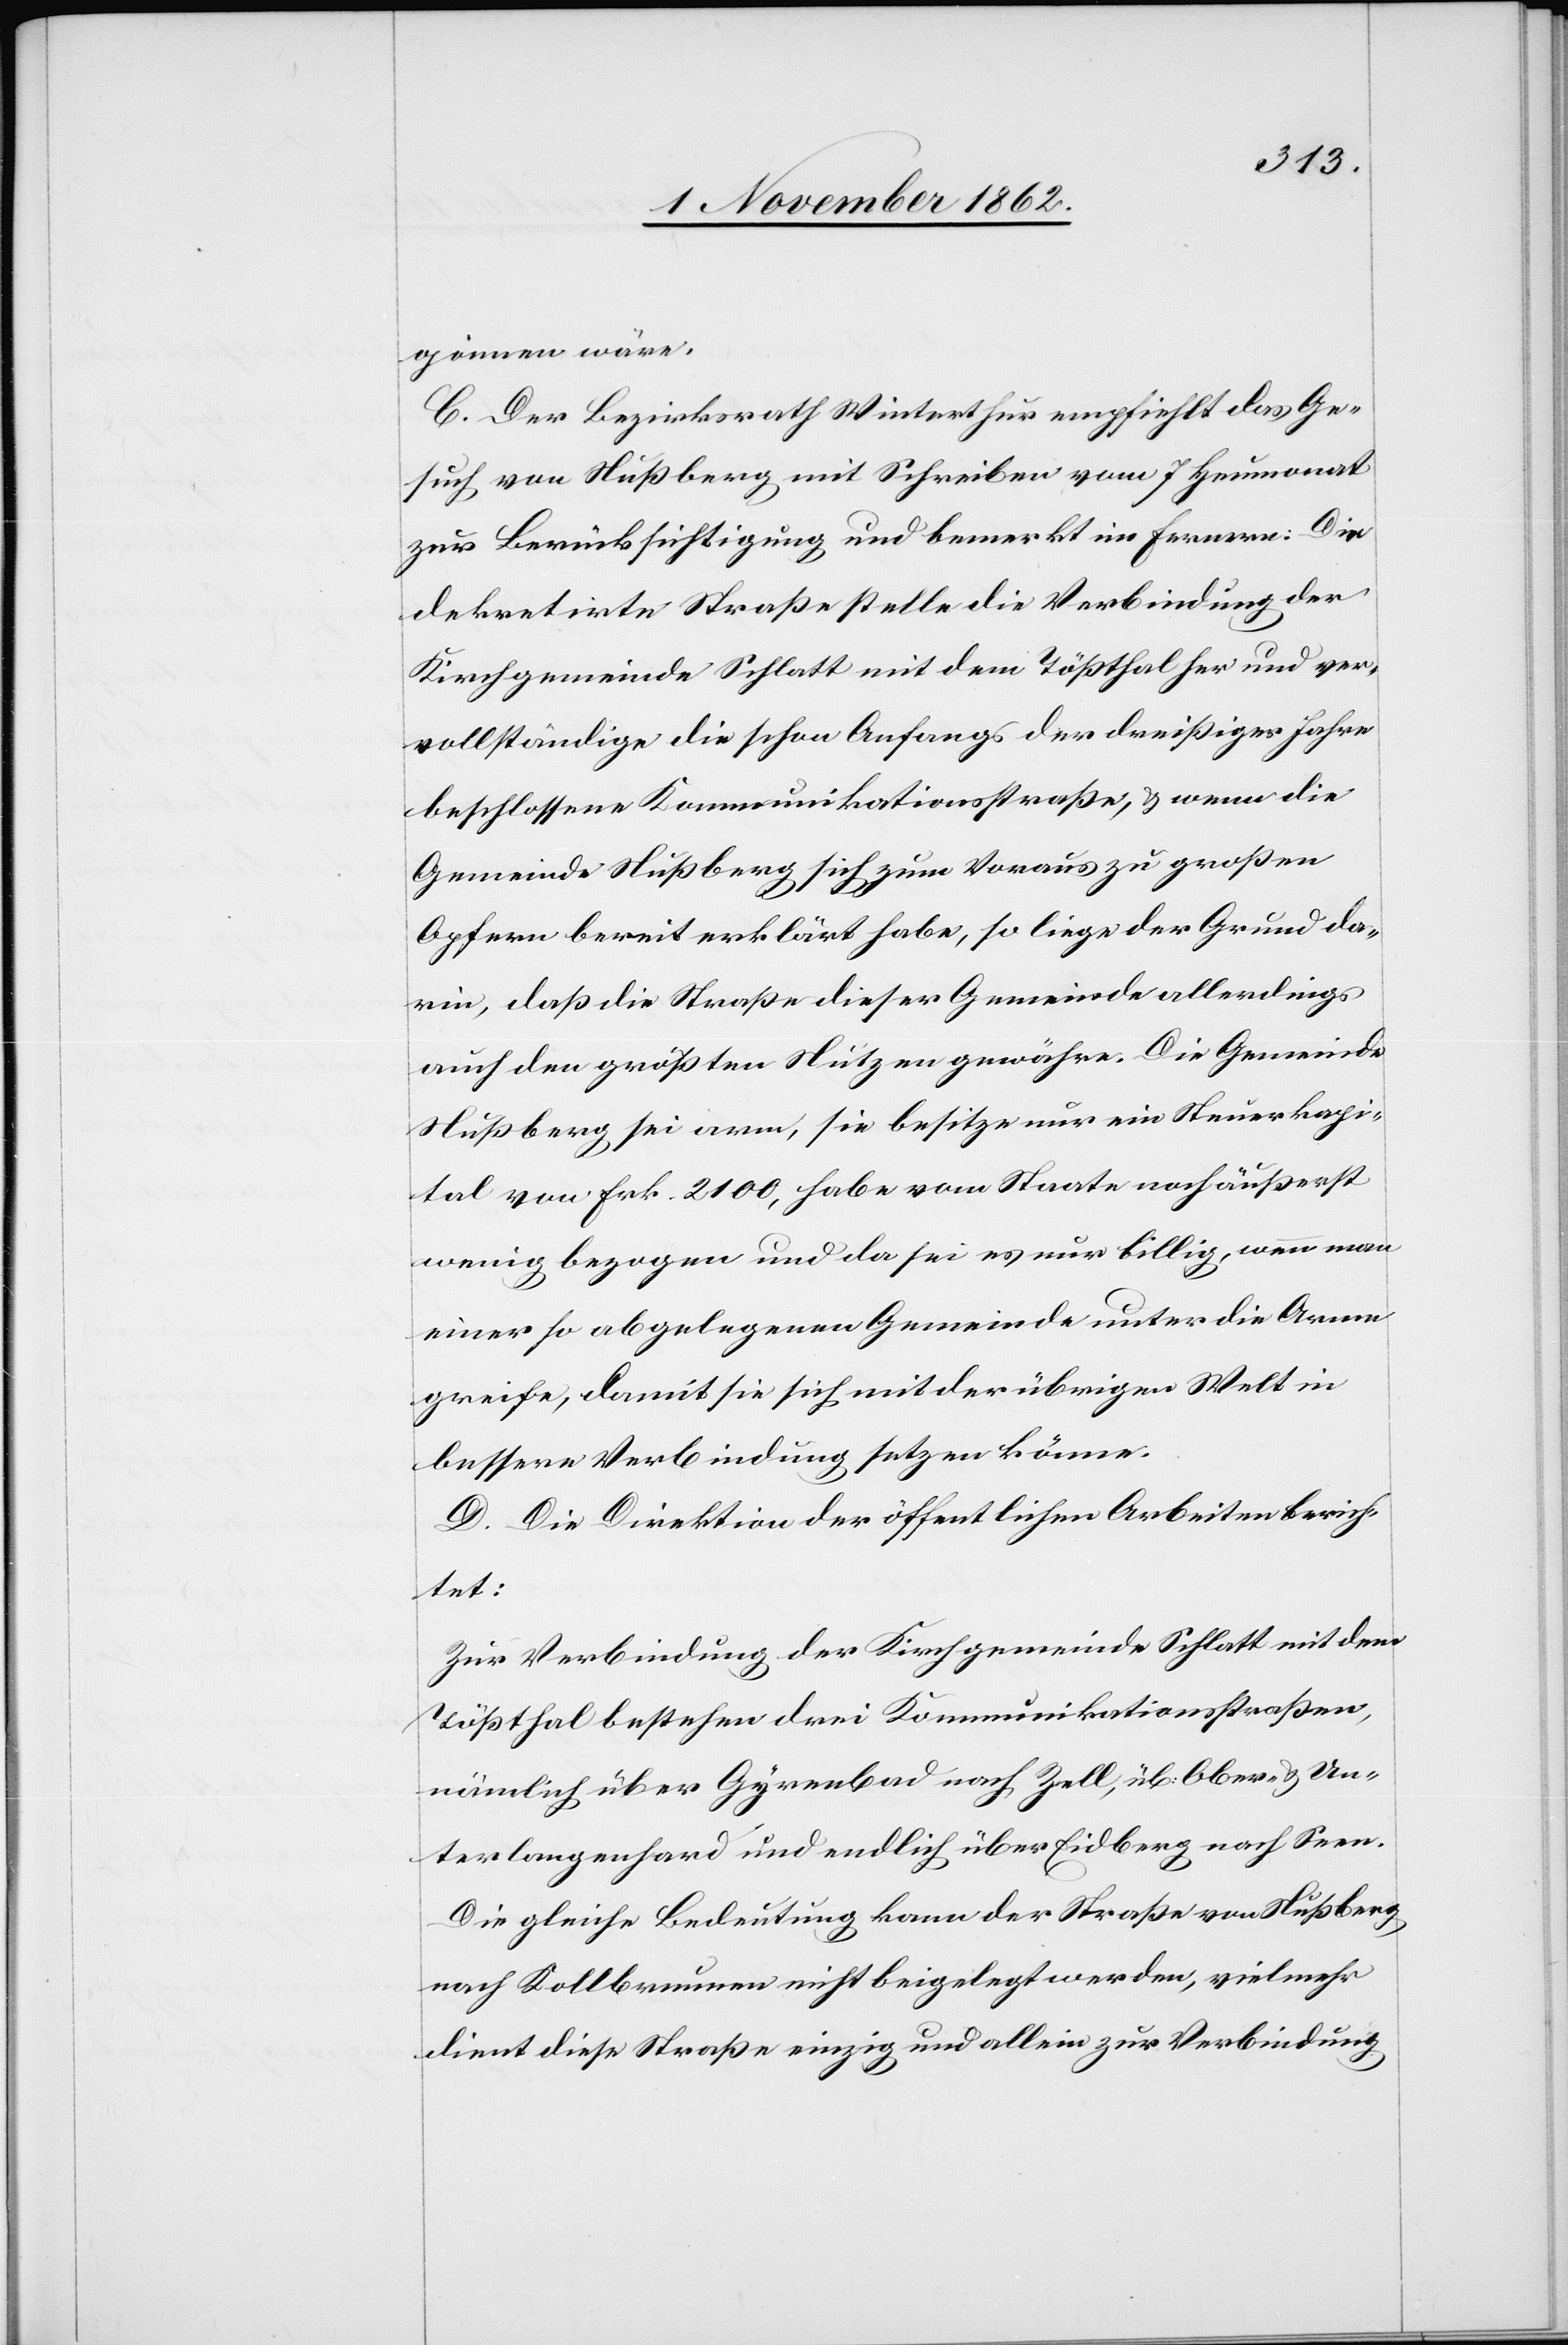
gönnen wäre.
C. Der Bezirksrath Winterthur empfiehlt das Ge¬
such von Nußberg mit Schreiben vom Heumonat
zur Berücksichtigung und bemerkt im Fernern: Die
dekretirte Straße stelle die Verbindung der
Kirchgemeinde Schlatt mit dem Tößthal her und ver¬
vollständige die schon Anfangs der dreißiger Jahre
beschlossene Kommunikationsstraße, u. wenn die
Gemeinde Nußberg sich zum Voraus zu großen
Opfern bereit erklärt habe, so liege der Grund da¬
rin, daß die Straße dieser Gemeinde allerdings
auch den größten Nutzen gewähre. Die Gemeinde
Nußberg sei arm, sie besitze nur ein Steuerkapi¬
tal von Frk. 2100, habe vom Staate noch äußerst
wenig bezogen und da sei es nur billig, wenn man
einer so abgelegenen Gemeinde unter die Arme
greife, damit sie sich mit der übrigen Welt in
bessere Verbindung setzen könne.
D. Die Direktion der öffentlichen Arbeiten berich¬
tet:
Zur Verbindung der Kirchgemeinde Schlatt mit dem
Tößthal bestehen drei Kommunikationsstraßen,
nämlich über Gyrenbad nach Zell, üb. Ober- u. Un¬
terlangenhard und endlich über Eidberg nach Seen.
Die gleiche Bedeutung kann der Straße von Nußberg
nach Kollbrunnen nicht beigelegt werden, vielmehr
dient diese Straße einzig und allein zur Verbindung